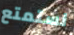
نستمتع